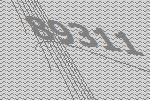
89311